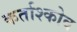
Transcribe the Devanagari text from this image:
कर्ताश्कोव